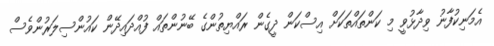
އެމަނިކުފާނު ވިދާޅުވީ މި ކަންތައްތަކަށް އިސްކަން ދީގެން ރައްޔިތުންގެ ބޭނުންތައް ފުއްދައިދޭން ކައުންސިލަރުންވެސް